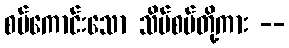
စပ်ကောင်းသော သိမ်စပ်တို့ကား --